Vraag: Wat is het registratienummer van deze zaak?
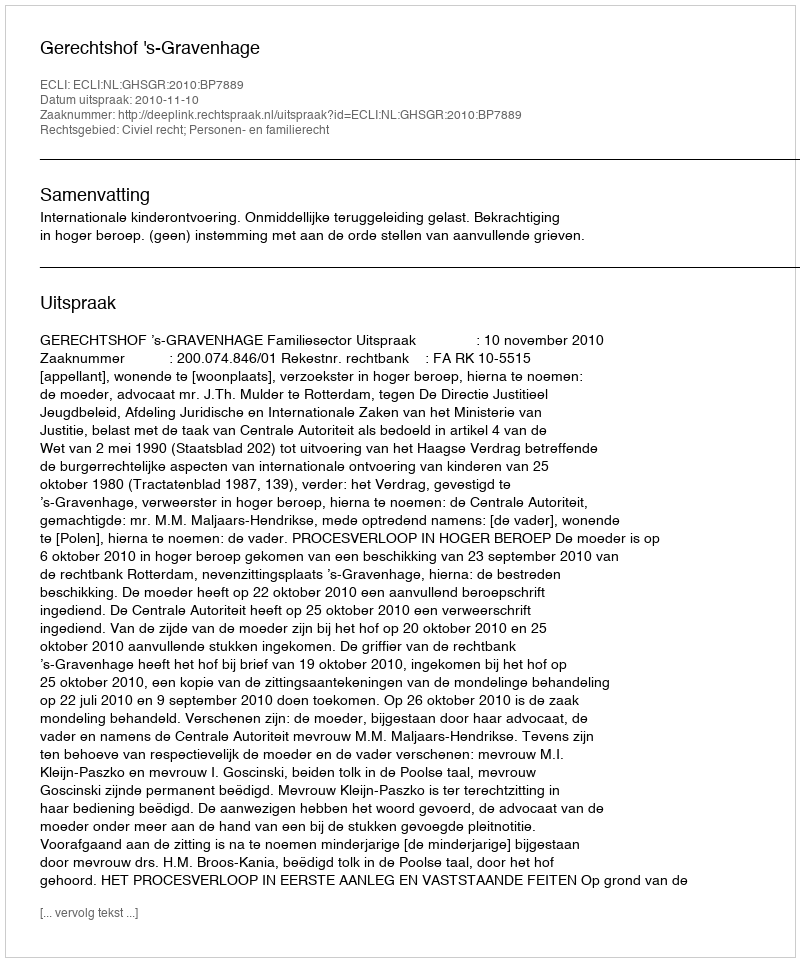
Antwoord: http://deeplink.rechtspraak.nl/uitspraak?id=ECLI:NL:GHSGR:2010:BP7889